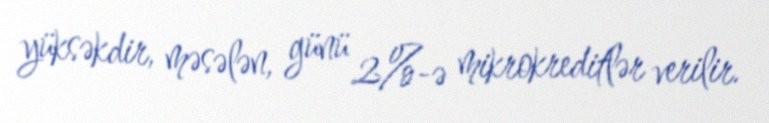
yüksəkdir, məsələn, günü 2%-ə mikrokreditlər verilir.